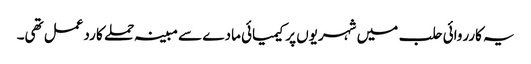
یہ کارروائی حلب میں شہریوں پر کیمیائی مادے سے مبینہ حملے کا ردعمل تھی۔